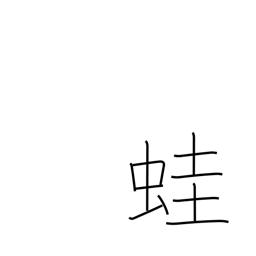
Meaning: frog